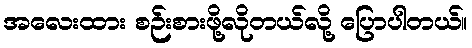
အလေးထား စဉ်းစားဖို့လိုတယ်လို့ ပြောပါတယ်။